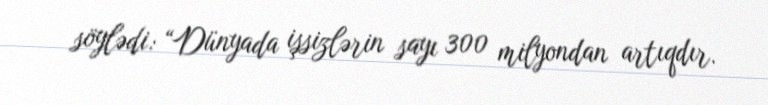
söylədi: “Dünyada işsizlərin sayı 300 milyondan artıqdır.